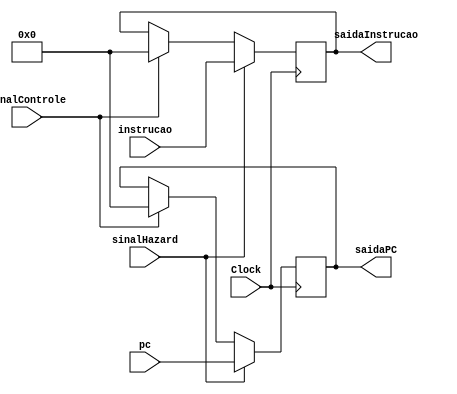
module IFID(
	input Clock,
	input [31:0] pc, instrucao,
	input sinalHazard, sinalControle,
	output reg [31:0] saidaPC, saidaInstrucao
);

	always @(posedge Clock) begin

		if(sinalControle == 1) begin
			saidaInstrucao <= 32'b0;
			saidaPC <=32'b0;
		end

		if(sinalHazard == 1) begin
			saidaPC <= pc;
			saidaInstrucao <= instrucao;
		end

	end


endmodule